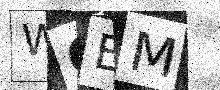
Text: WGEM